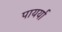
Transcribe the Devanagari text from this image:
पायर्या